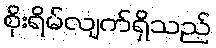
စိုးရိမ်လျက်ရှိသည်